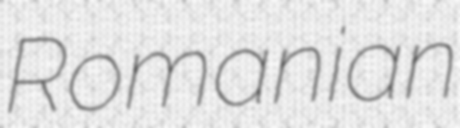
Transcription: Romanian